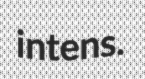
intens.